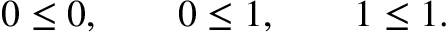
0 \leq 0 , \qquad 0 \leq 1 , \qquad 1 \leq 1 .